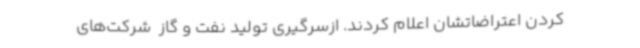
کردن اعتراضاتشان اعلام کردند. ازسرگیری تولید نفت و گاز  شرکت‌های